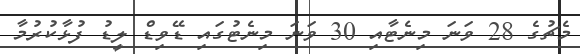
މެޗުގެ 28 ވަނަ މިނެޓާއި 30 ވަނަ މިނެޓުގައި ޑޭވިޑް ލީޑު ފުޅާކުރުމާ